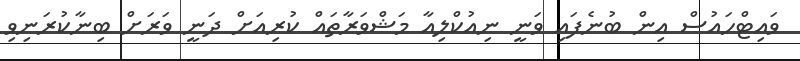
ވައިޓްހައުސް އިން ބުނެފައި ވަނީ ނިއުކްލިއާ މަޝްވަރާތައް ކުރިއަށް ދަނީ ވަރަށް ބިނާކުރަނިވި